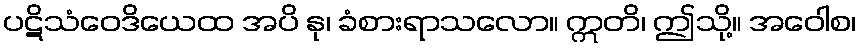
ပဋိသံဝေဒိယေထ အပိ နု၊ ခံစားရာသလော။ ဣတိ၊ ဤသို့။ အဝေါစ၊